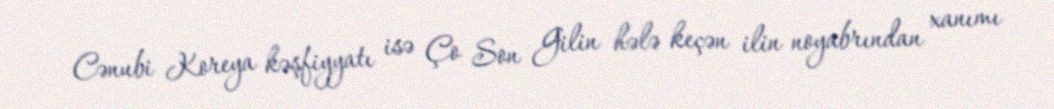
Cənubi Koreya kəşfiyyatı isə Ço Son Gilin hələ keçən ilin noyabrından xanımı